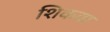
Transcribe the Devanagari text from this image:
शिकवा